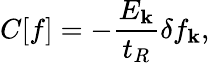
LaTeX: C[f]=-\frac{E_{\mathbf{k}}}{t_{R}}\delta f_{\mathbf{k}},